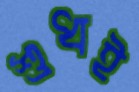
শুধই